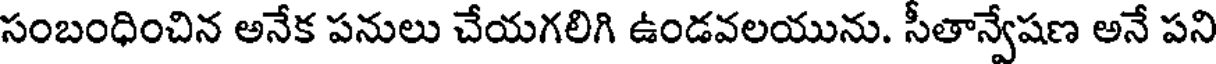
సంబంధించిన అనేక పనులు చేయగలిగి ఉండవలయును. సీతాన్వేషణ అనే పని